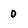
Character: o